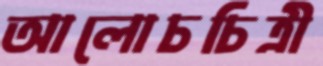
আলোচচিত্রী